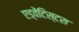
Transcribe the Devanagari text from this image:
एड्वेंटिस्टस